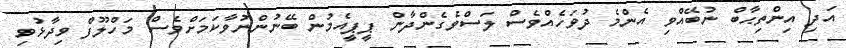
އަދި އިންތިޙާބް ނުބޭއްވި އެންމެ ދުވަހެއްވެސް ލަސްވެގެންދާން ޕީޕީއެމުން ބޭނުންނުވާކަމަށްވެސް މަހްލޫފް ވިދާޅުވި